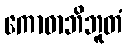
ကောဓာဘိဘူတံ